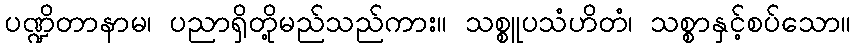
ပဏ္ဍိတာနာမ၊ ပညာရှိတို့မည်သည်ကား။ သစ္စူပသံဟိတံ၊ သစ္စာနှင့်စပ်သော။